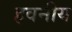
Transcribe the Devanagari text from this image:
हवनीय